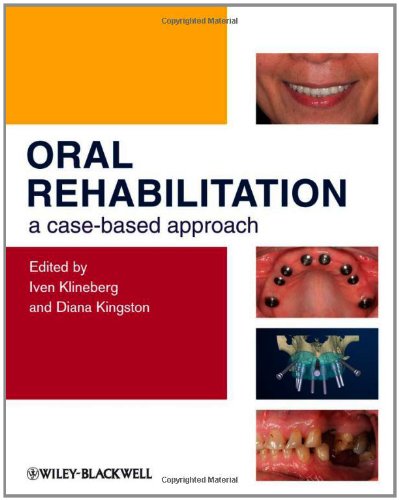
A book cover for Oral Rehabilitation: A Case-Based Approach; Medical Books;